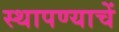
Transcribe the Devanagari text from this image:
स्थापण्याचें